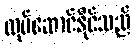
လုပ်ဆောင်နိုင်သည်